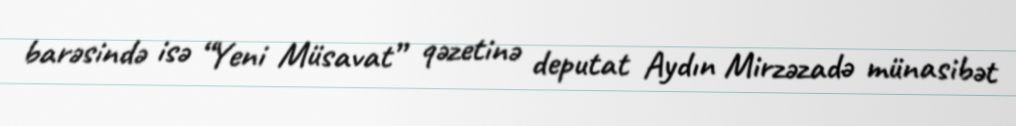
barəsində isə “Yeni Müsavat” qəzetinə deputat Aydın Mirzəzadə münasibət